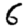
Digit: 6